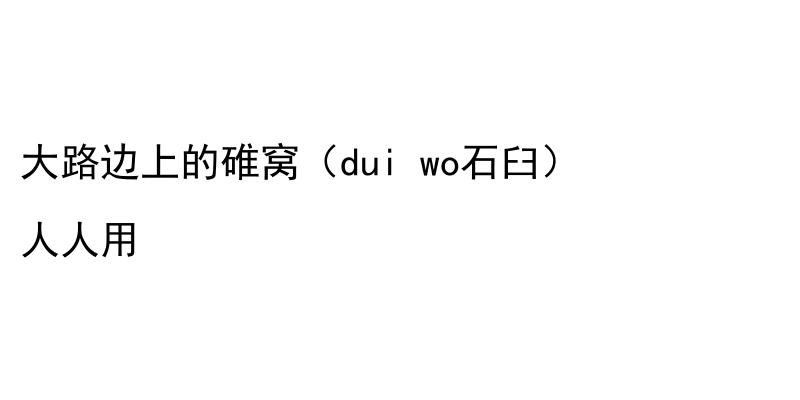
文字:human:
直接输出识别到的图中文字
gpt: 大路边上的碓窝（dui wo石臼） 人人用